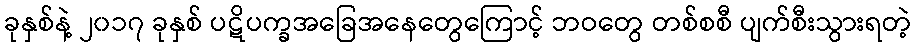
ခုနှစ်နဲ့ ၂၀၁၇ ခုနှစ် ပဋိပက္ခအခြေအနေတွေကြောင့် ဘဝတွေ တစ်စစီ ပျက်စီးသွားရတဲ့